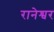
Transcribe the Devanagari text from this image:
रानेश्वर